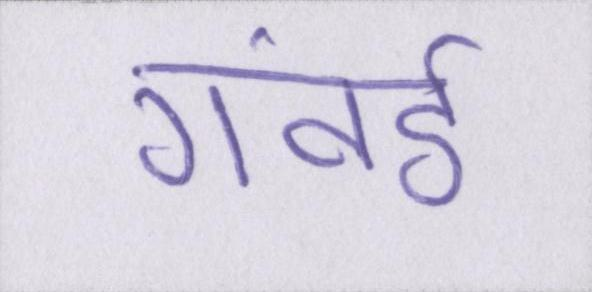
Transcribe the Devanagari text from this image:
गंवई